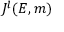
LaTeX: J ^ { l } ( E , m )